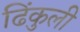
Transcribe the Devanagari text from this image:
ढिंकुली